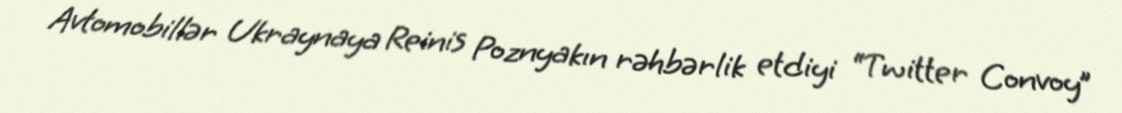
Avtomobillər Ukraynaya Reinis Poznyakın rəhbərlik etdiyi “Twitter Convoy”